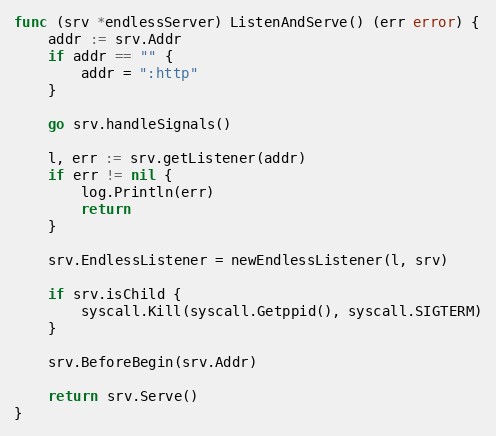
Language: Go
func (srv *endlessServer) ListenAndServe() (err error) {
	addr := srv.Addr
	if addr == "" {
		addr = ":http"
	}

	go srv.handleSignals()

	l, err := srv.getListener(addr)
	if err != nil {
		log.Println(err)
		return
	}

	srv.EndlessListener = newEndlessListener(l, srv)

	if srv.isChild {
		syscall.Kill(syscall.Getppid(), syscall.SIGTERM)
	}

	srv.BeforeBegin(srv.Addr)

	return srv.Serve()
}